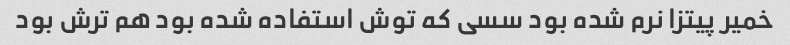
خمیر پیتزا نرم شده بود سسی که توش استفاده شده بود هم ترش بود